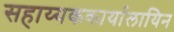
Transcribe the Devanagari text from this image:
सहाय्यककार्यालायिन